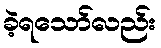
ခဲ့ရသော်လည်း